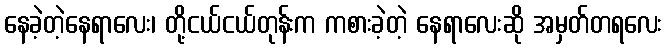
နေခဲ့တဲ့နေရာလေး၊ တို့ငယ်ငယ်တုန်းက ကစားခဲ့တဲ့ နေရာလေးဆို အမှတ်တရလေး